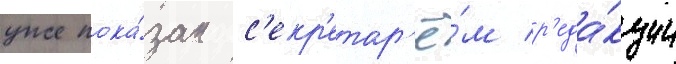
уже пока́зан с'екр'етар'ё́м р'еда́кции